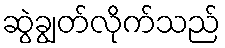
ဆွဲချွတ်လိုက်သည်